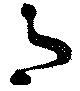
月